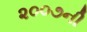
૨૦૦૭ની